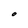
Character: O